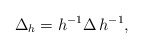
\begin{align*}\Delta _{h} = h^{-1} \Delta \, h^{-1} ,\end{align*}